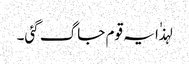
لہذٰا یہ قوم جاگ گئی۔